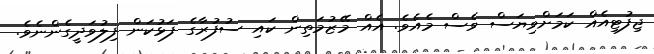
ޖިފުޓިއެއް ކަމަށްވިޔަސް ވެސް މެއެވެ. އެއް މޭޒުމަތިން ކައި ސުފުރާގެ ފަޅުކަން ފިލުވަދީގެންނެވެ.